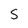
Character: S